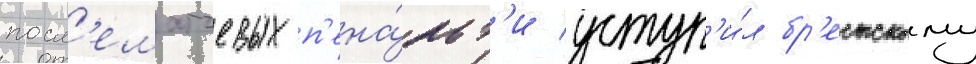
посл'ематчевых п'ена́льт'и уступ'и́л бр'естскому